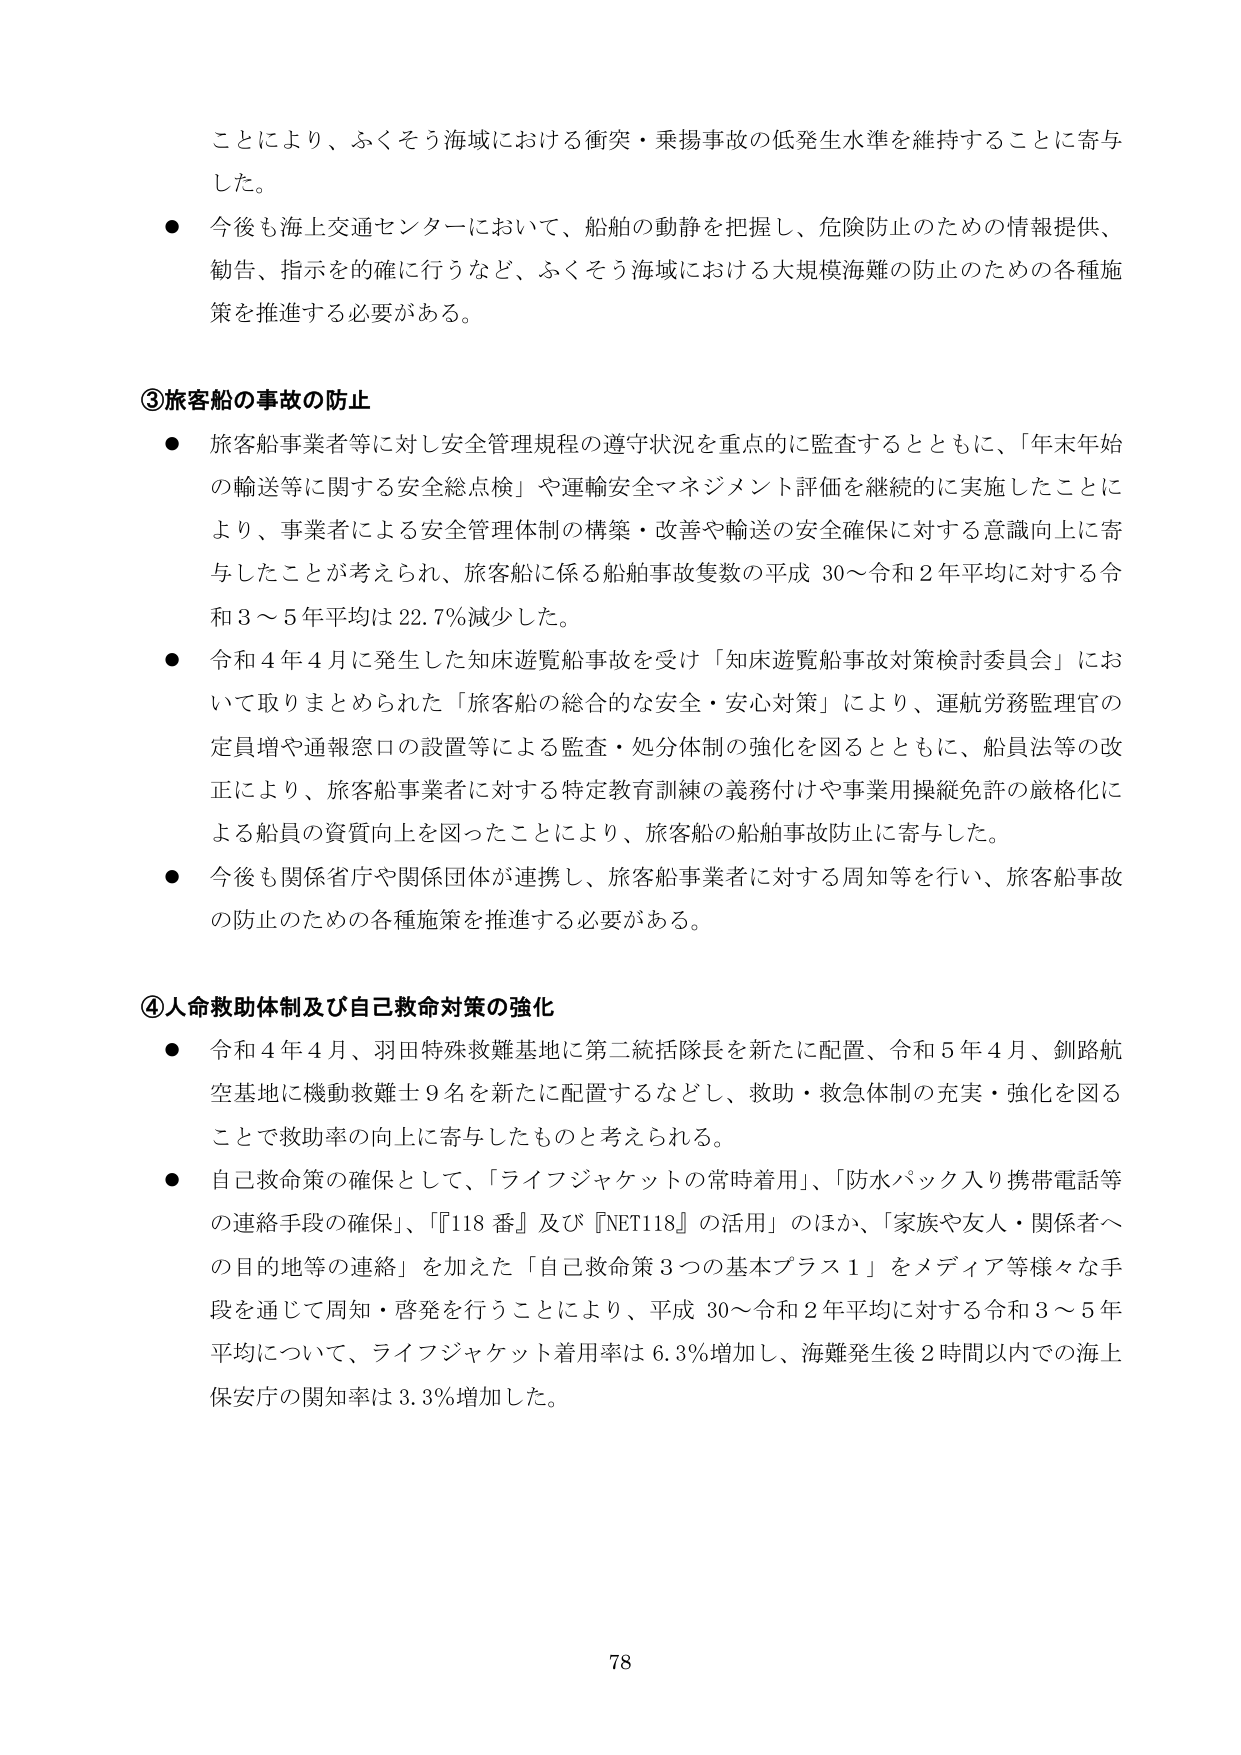
ことにより、ふくそう海域における衝突・乗揚事故の低発生水準を維持することに寄与した。

● 今後も海上交通センターにおいて、船舶の動静を把握し、危険防止のための情報提供、勧告、指示を的確に行うなど、ふくそう海域における大規模海難の防止のための各種施策を推進する必要がある。

③旅客船の事故の防止

● 旅客船事業者等に対し安全管理規程の遵守状況を重点的に監査するとともに、「年末年始の輸送等に関する安全総点検」や運輸安全マネジメント評価を継続的に実施したことにより、事業者による安全管理体制の構築・改善や輸送の安全確保に対する意識向上に寄与したことが考えられ、旅客船に係る船舶事故隻数の平成30～令和2年平均に対する令和3～5年平均は22.7％減少した。

● 令和4年4月に発生した知床遊覧船事故を受け「知床遊覧船事故対策検討委員会」において取りまとめられた「旅客船の総合的な安全・安心対策」により、運航労務監理官の定員増や通報窓口の設置等による監査・処分体制の強化を図るとともに、船員法等の改正により、旅客船事業者に対する特定教育訓練の義務付けや事業用操縦免許の厳格化による船員の資質向上を図ったことにより、旅客船の船舶事故防止に寄与した。

● 今後も関係省庁や関係団体が連携し、旅客船事業者に対する周知等を行い、旅客船事故の防止のための各種施策を推進する必要がある。

④人命救助体制及び自己救命対策の強化

● 令和4年4月、羽田特殊救難基地に第二統括隊長を新たに配置、令和5年4月、釧路航空基地に機動救難士9名を新たに配置するなどし、救助・救急体制の充実・強化を図ることで救助率の向上に寄与したものと考えられる。

● 自己救命策の確保として、「ライフジャケットの常時着用」、「防水パック入り携帯電話等の連絡手段の確保」、「『118番』及び『NET118』の活用」のほか、「家族や友人・関係者への目的地等の連絡」を加えた「自己救命策3つの基本プラス1」をメディア等様々な手段を通じて周知・啓発を行うことにより、平成30～令和2年平均に対する令和3～5年平均について、ライフジャケット着用率は6.3％増加し、海難発生後2時間以内での海上保安庁の関知率は3.3％増加した。

78